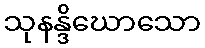
သုနန္ဒိဃောသော